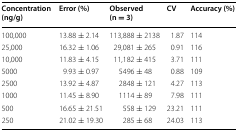
<table><thead><tr><td><b>Concentration (ng/g)</b></td><td><b>Error (%)</b></td><td><b>Observed (n = 3)</b></td><td><b>CV</b></td><td><b>Accuracy (%)</b></td></tr></thead><tbody><tr><td>100,000</td><td>13.88 ± 2.14</td><td>113,888 ± 2138</td><td>1.87</td><td>114</td></tr><tr><td>25,000</td><td>16.32 ± 1.06</td><td>29,081 ± 265</td><td>0.91</td><td>116</td></tr><tr><td>10,000</td><td>11.83 ± 4.15</td><td>11,182 ± 415</td><td>3.71</td><td>111</td></tr><tr><td>5000</td><td>9.93 ± 0.97</td><td>5496 ± 48</td><td>0.88</td><td>109</td></tr><tr><td>2500</td><td>13.92 ± 4.87</td><td>2848 ± 121</td><td>4.27</td><td>113</td></tr><tr><td>1000</td><td>11.45 ± 8.90</td><td>1114 ± 89</td><td>7.98</td><td>111</td></tr><tr><td>500</td><td>16.65 ± 21.51</td><td>558 ± 129</td><td>23.21</td><td>111</td></tr><tr><td>250</td><td>21.02 ± 19.30</td><td>285 ± 68</td><td>24.03</td><td>113</td></tr></tbody></table>